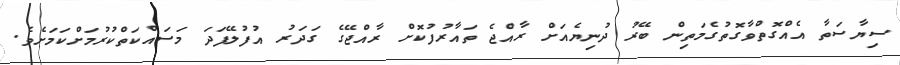
ސިޔާސަތާ އެއްގޮތްވާގޮތުގެމަތިން ބޭރު ދުނިޔެއަށް ރާއްޖެ ތައާރުފުކޮށް ރާއްޖޭގެ ގަދަރު އުފުލޭފަދަ މަސައްކަތްކުރުމަށްކަމަށެވެ.